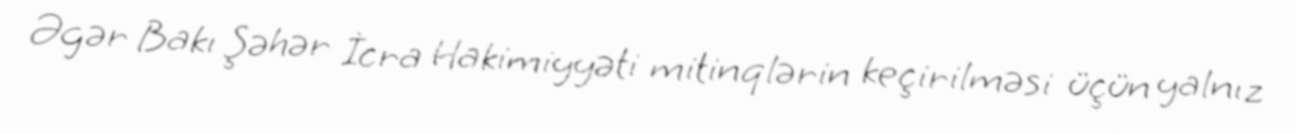
Əgər Bakı Şəhər İcra Hakimiyyəti mitinqlərin keçirilməsi üçün yalnız